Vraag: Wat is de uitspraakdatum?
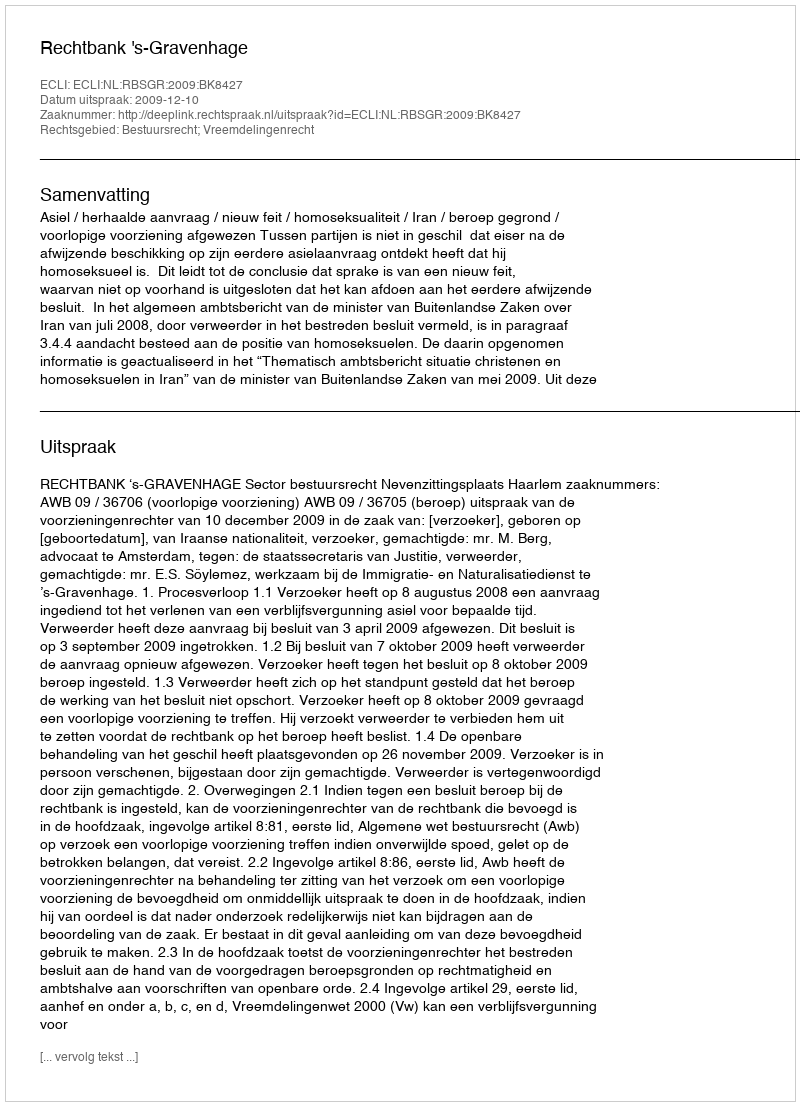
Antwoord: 2009-12-10